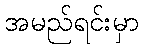
အမည်ရင်းမှာ